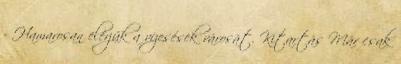
- Hamarosan elérjük a vízesések városát. Kitartás Már csak